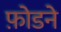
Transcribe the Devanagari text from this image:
फ़ोडने